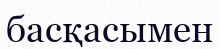
басқасымен